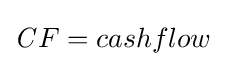
{\mathit {C}}F=cashflow